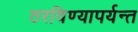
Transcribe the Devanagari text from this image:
ठरविण्यापर्यन्त